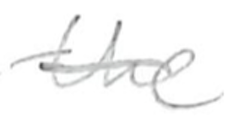
Text: the
Cross-out: single-line
Writing tool: pencil